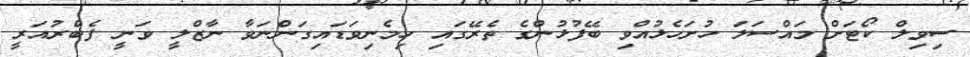
ސިވިލް ކޯޓަށް މައްސަލަ ހުށަހެޅުއްވި ބޭފުޅުންގެ ތެރޭގައި ހިމެނިވަޑައިގަންނަވާ ނާޒްލީ ވަނީ ފެބްރުއަރީ